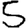
Digit: 5